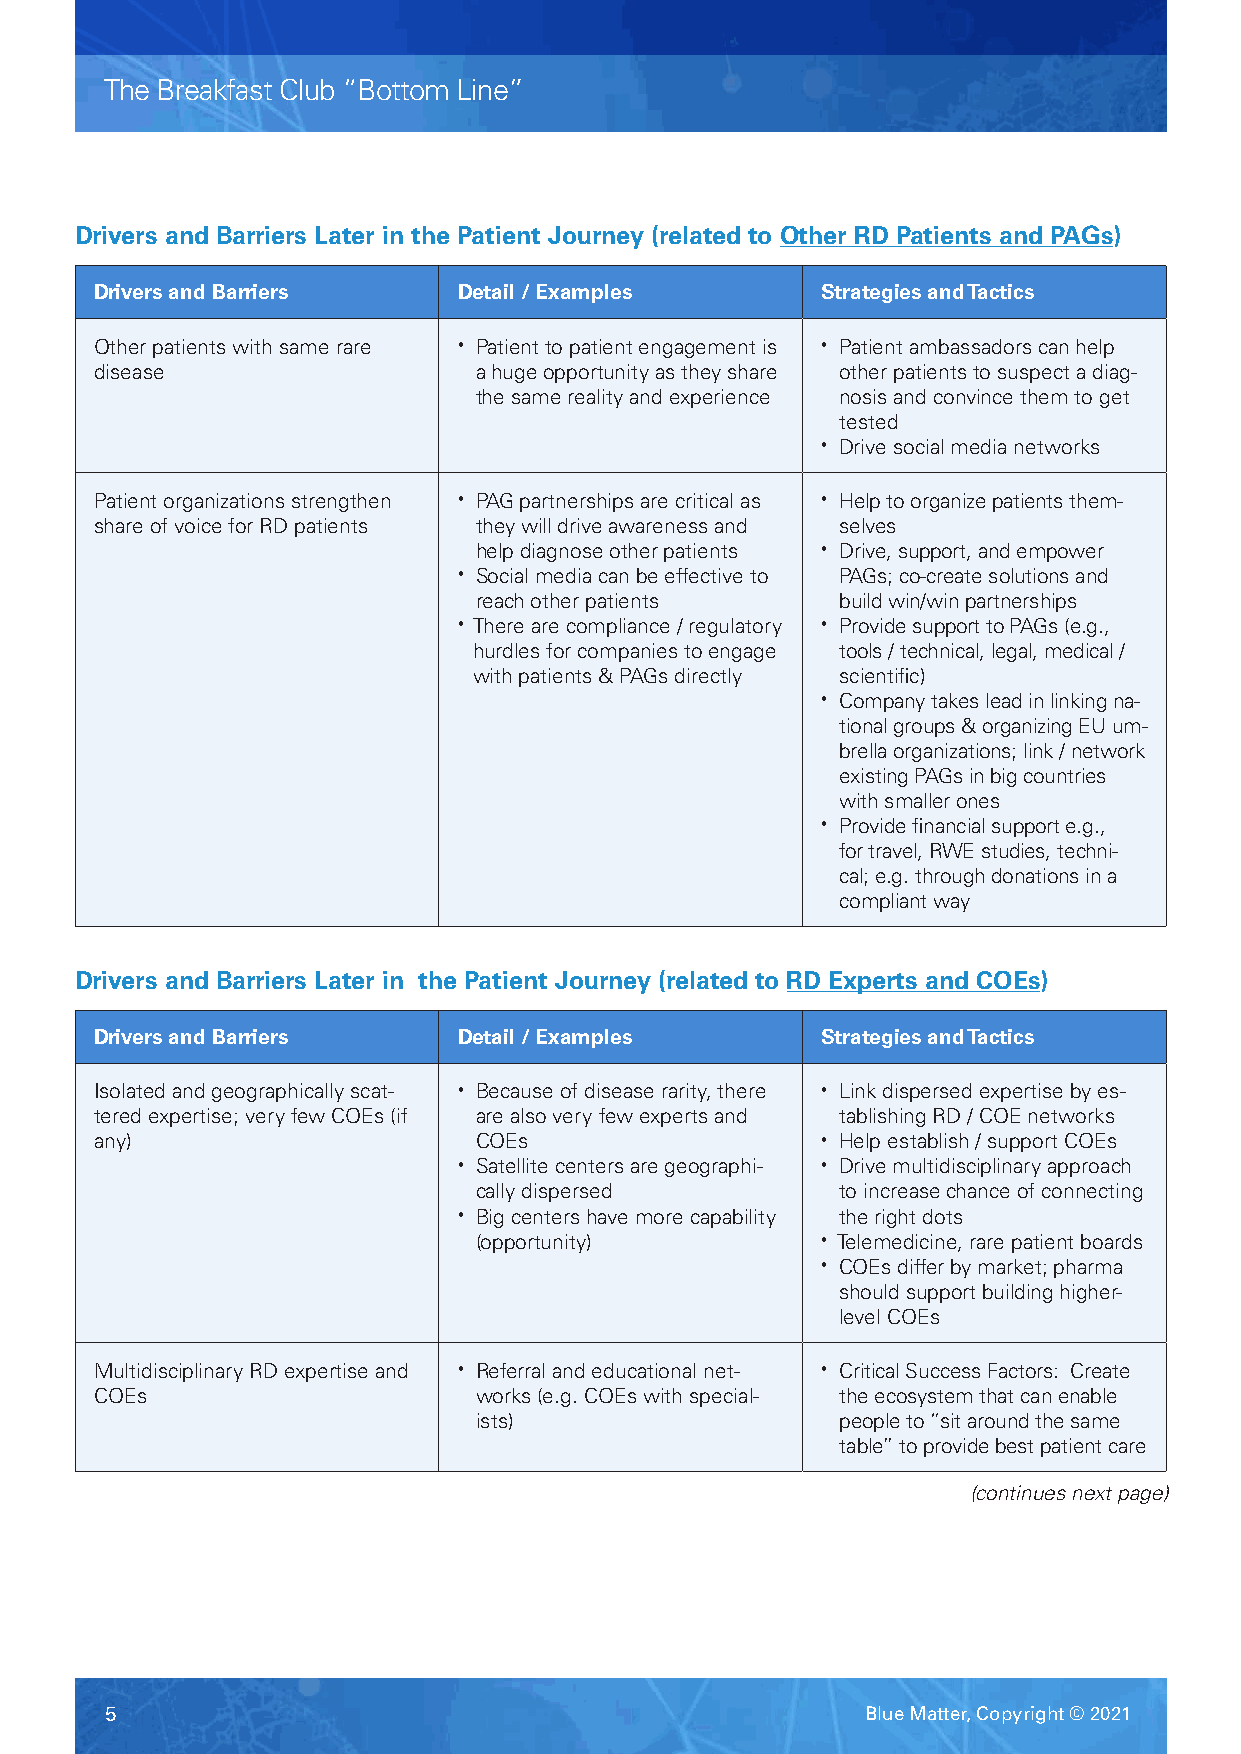
The Breakfast Club “Bottom Line”
 Drivers and Barriers Later in the Patient Journey (related to Other RD Patients and PAGs)
 Drivers and Barriers    Detail / Examples       Strategies and Tactics
 Other patients with same rare • Patient to patient engagement is • Patient ambassadors can help
 disease                  a huge opportunity as they share other patients to suspect a diag-
 the same reality and experience nosis and convince them to get
 tested
 • Drive social media networks
 Patient organizations strengthen • PAG partnerships are critical as • Help to organize patients them-
 share of voice for RD patients they will drive awareness and selves
 help diagnose other patients • Drive, support, and empower
 • Social media can be effective to PAGs; co-create solutions and
 reach other patients     build win/win partnerships
 • There are compliance / regulatory • Provide support to PAGs (e.g.,
 hurdles for companies to engage tools / technical, legal, medical /
 with patients & PAGs directly scientific)
 • Company takes lead in linking na-
 tional groups & organizing EU um-
 brella organizations; link / network
 existing PAGs in big countries
 with smaller ones
 • Provide financial support e.g.,
 for travel, RWE studies, techni-
 cal; e.g. through donations in a
 compliant way
 Drivers and Barriers Later in the Patient Journey (related to RD Experts and COEs)
 Drivers and Barriers    Detail / Examples       Strategies and Tactics
 Isolated and geographically scat- • Because of disease rarity, there • Link dispersed expertise by es-
 tered expertise; very few COEs (if are also very few experts and tablishing RD / COE networks
 any)                     COEs                   • Help establish / support COEs
 • Satellite centers are geographi- • Drive multidisciplinary approach
 cally dispersed          to increase chance of connecting
 • Big centers have more capability the right dots
 (opportunity)          • Telemedicine, rare patient boards
 • COEs differ by market; pharma
 should support building higher-
 level COEs
 Multidisciplinary RD expertise and • Referral and educational net- • Critical Success Factors: Create
 COEs                     works (e.g. COEs with special- the ecosystem that can enable
 ists)                    people to “sit around the same
 table” to provide best patient care
 (continues next page)
 5                                                 Blue Matter, Copyright © 2021